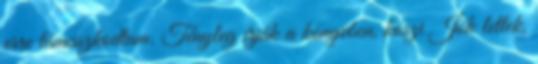
erre támaszkodtam. Tényleg írják a könyvben, köszi Jók lettek,